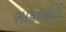
ભાષાખોટો